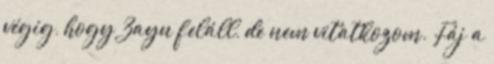
végig, hogy Zayn feláll, de nem vitatkozom. Fáj a